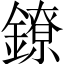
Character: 鐐